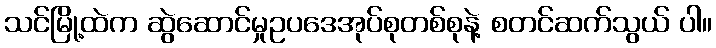
သင်မြို့ထဲက ဆွဲဆောင်မှုဥပဒေအုပ်စုတစ်စုနဲ့ စတင်ဆက်သွယ် ပါ။